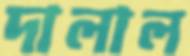
দালাল